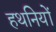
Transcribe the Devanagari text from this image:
हथनियों